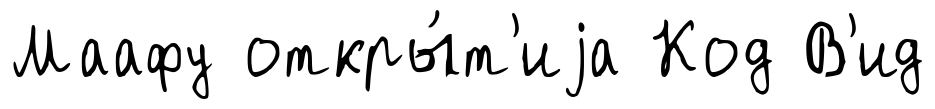
Маафу откры́т'иjа Код В'ид